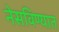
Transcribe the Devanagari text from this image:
नेसविण्यात